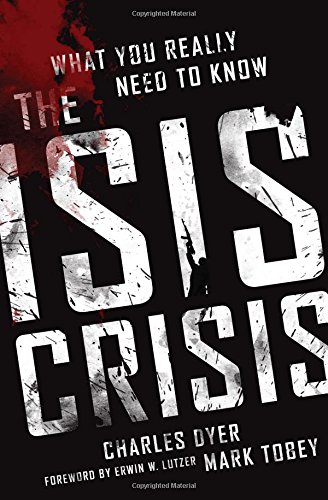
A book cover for The ISIS Crisis: What You Really Need to Know; Charles H. Dyer; Religion & Spirituality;